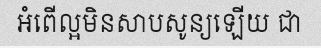
អំពើល្អមិនសាបសូន្យឡើយ ជា